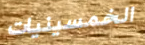
الخمسينيات